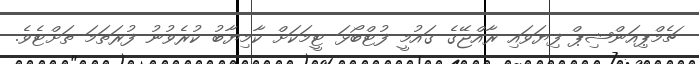
ޗެމްޕިއަންޝިޕް ފިޔަވައި ރާއްޖޭގެ ގައުމީ ފުޓްބޯޅަ ޓީމަކަށް ކާމިޔާބު ކުރެވުނު ފުރަތަމަ ތަށްޓެވެ.